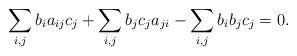
LaTeX: \begin{align*}\sum_{i,j}b_{i}a_{ij}c_{j}+\sum_{i,j}b_{j}c_{j}a_{ji}-\sum_{i,j}b_{i}b_{j}c_{j}=0.\end{align*}